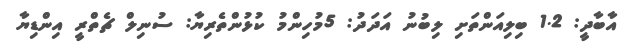
އާބާދީ: 1.2 ބިލިއަންތަށި ލިބުނު އަދަދު: 5މުހިންމު ކުޅުންތެރިޔާ: ސުނިލް ޗެތްރީ އިންޑިޔާ